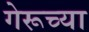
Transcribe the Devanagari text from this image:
गेरूच्या